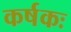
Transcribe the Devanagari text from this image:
कर्षकः